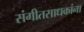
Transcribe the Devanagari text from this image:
संगीतसाधकांना